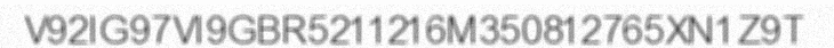
V92IG97VI9GBR5211216M350812765XN1Z9T